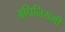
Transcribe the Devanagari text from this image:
अधिनियमी